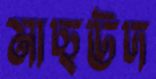
মাছউদ